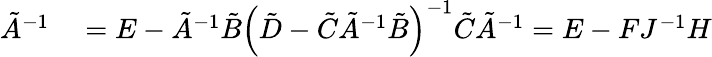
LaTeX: \begin{array}{rl}{\tilde{A}^{-1}}&{{}=E-\tilde{A}^{-1}\tilde{B}\left(\tilde{D}-\tilde{C}\tilde{A}^{-1}\tilde{B}\right)^{-1}\tilde{C}\tilde{A}^{-1}=E-FJ^{-1}H}\end{array}